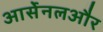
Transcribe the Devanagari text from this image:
आर्सेनलऔर